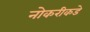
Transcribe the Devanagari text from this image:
नोकरीकडे